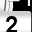
Digit: 2